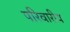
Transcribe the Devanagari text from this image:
परिवारीय